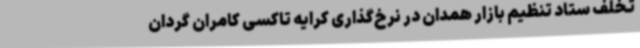
تخلف ستاد تنظیم بازار همدان در نرخ‌گذاری کرایه تاکسی کامران گردان